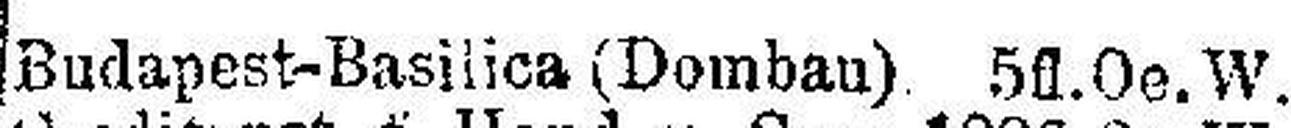
Budapest-Basilica (Dombau) 5 fl.Oe.W.